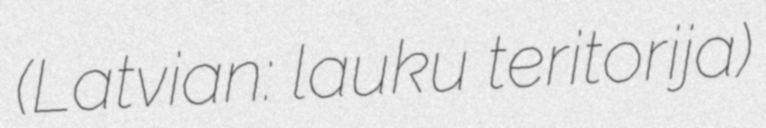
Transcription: (Latvian: lauku teritorija)